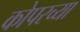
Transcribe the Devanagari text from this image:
कोपरच्या